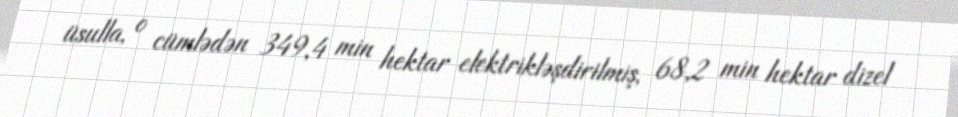
üsulla, o cümlədən 349,4 min hektar elektrikləşdirilmiş, 68,2 min hektar dizel